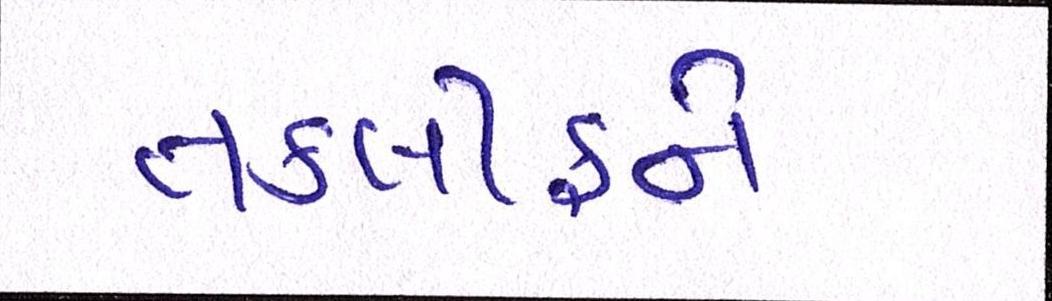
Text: તકલીફને